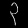
Digit: ၃